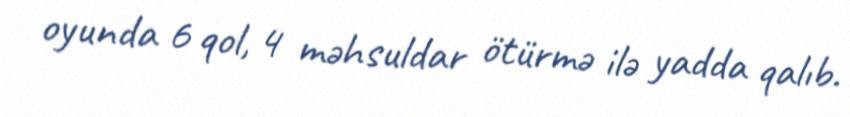
oyunda 6 qol, 4 məhsuldar ötürmə ilə yadda qalıb.